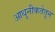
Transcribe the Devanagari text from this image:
आधुनीकतेतून